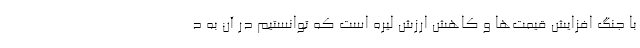
با جنگ افزایش قیمت‌ها و کاهش ارزش لیره است که توانستیم در آن به د